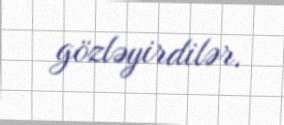
gözləyirdilər.